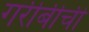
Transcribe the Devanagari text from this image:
गरीबीची